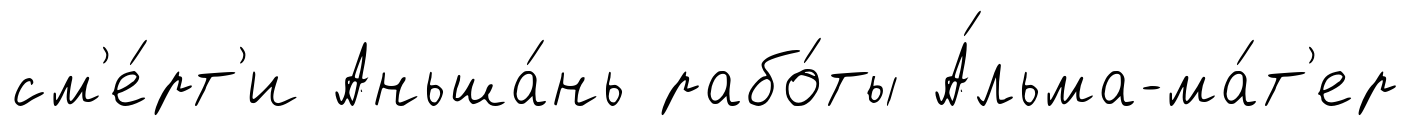
см'е́рт'и Аньша́нь рабо́ты А́льма-ма́т'ер